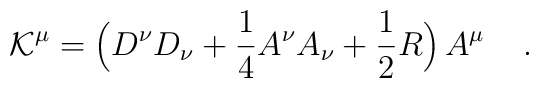
{\cal K}^\mu = \Big( D^{\nu} D_{\nu} + \frac{1}{4}  A^\nu  A_\nu + \frac{1}{2} R\Big)\,  A^\mu \quad \, .